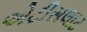
એટીસલાટ